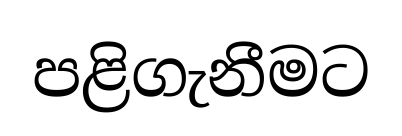
පළිගැනීමට